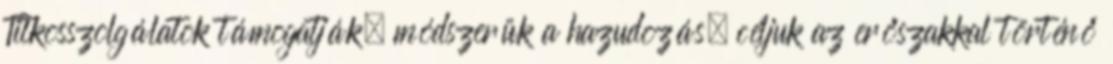
Titkosszolgálatok támogatják, módszerük a hazudozás, céljuk az erőszakkal történő